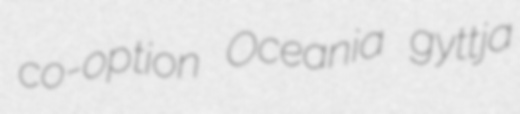
co-option Oceania gyttja